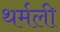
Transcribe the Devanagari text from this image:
थर्मली